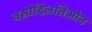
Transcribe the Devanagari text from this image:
वसोदिलतिओन